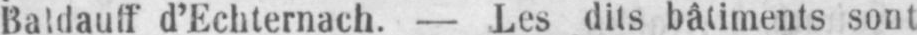
Baldauff d’Echternach. - Les dits bâtiments sont